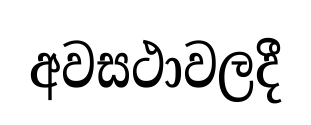
අවසථාවලදී